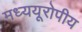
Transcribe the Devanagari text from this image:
मध्ययूरोपीय